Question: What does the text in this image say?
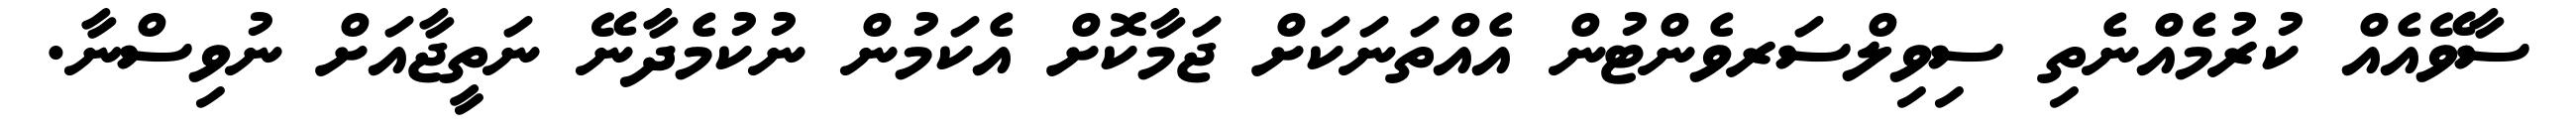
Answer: ސާވޭއެއް ކުރުމެއްނެތި ސިވިލްސަރވެންޓުން އެއްތަނަކަށް ޖަމާކޮށް އެކަމުން ނުކުމެދާނޭ ނަތީޖާއަށް ނުވިސްނާ.